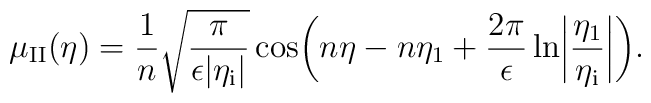
\mu _{\rm II}(\eta )=\frac{1}{n}\sqrt{\frac{\pi }{\epsilon \vert \eta _{\rm i}\vert}}\cos \biggl(n\eta -n\eta _1 +\frac{2\pi }{\epsilon }\ln \biggl \vert \frac{\eta _1}{\eta _{\rm i}}\biggr \vert \biggr).